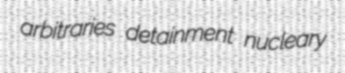
arbitraries detainment nucleary